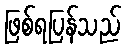
ဖြစ်ရပြန်သည်